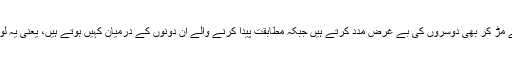
تحقیق کے مطابق لینے والے بس اپنے لیے جیتے ہیں جبکہ دینے والے پیچھے مڑ کر بھی دوسروں کی بے غرض مدد کرتے ہیں جبکہ مطابقت پیدا کرنے والے ان دونوں کے درمیان کہیں ہوتے ہیں، یعنی یہ لوگوں کی مدد تو کرنا چاہتے ہیں، مگر جواب میں مدد کی توقع بھی کرتے ہیں۔